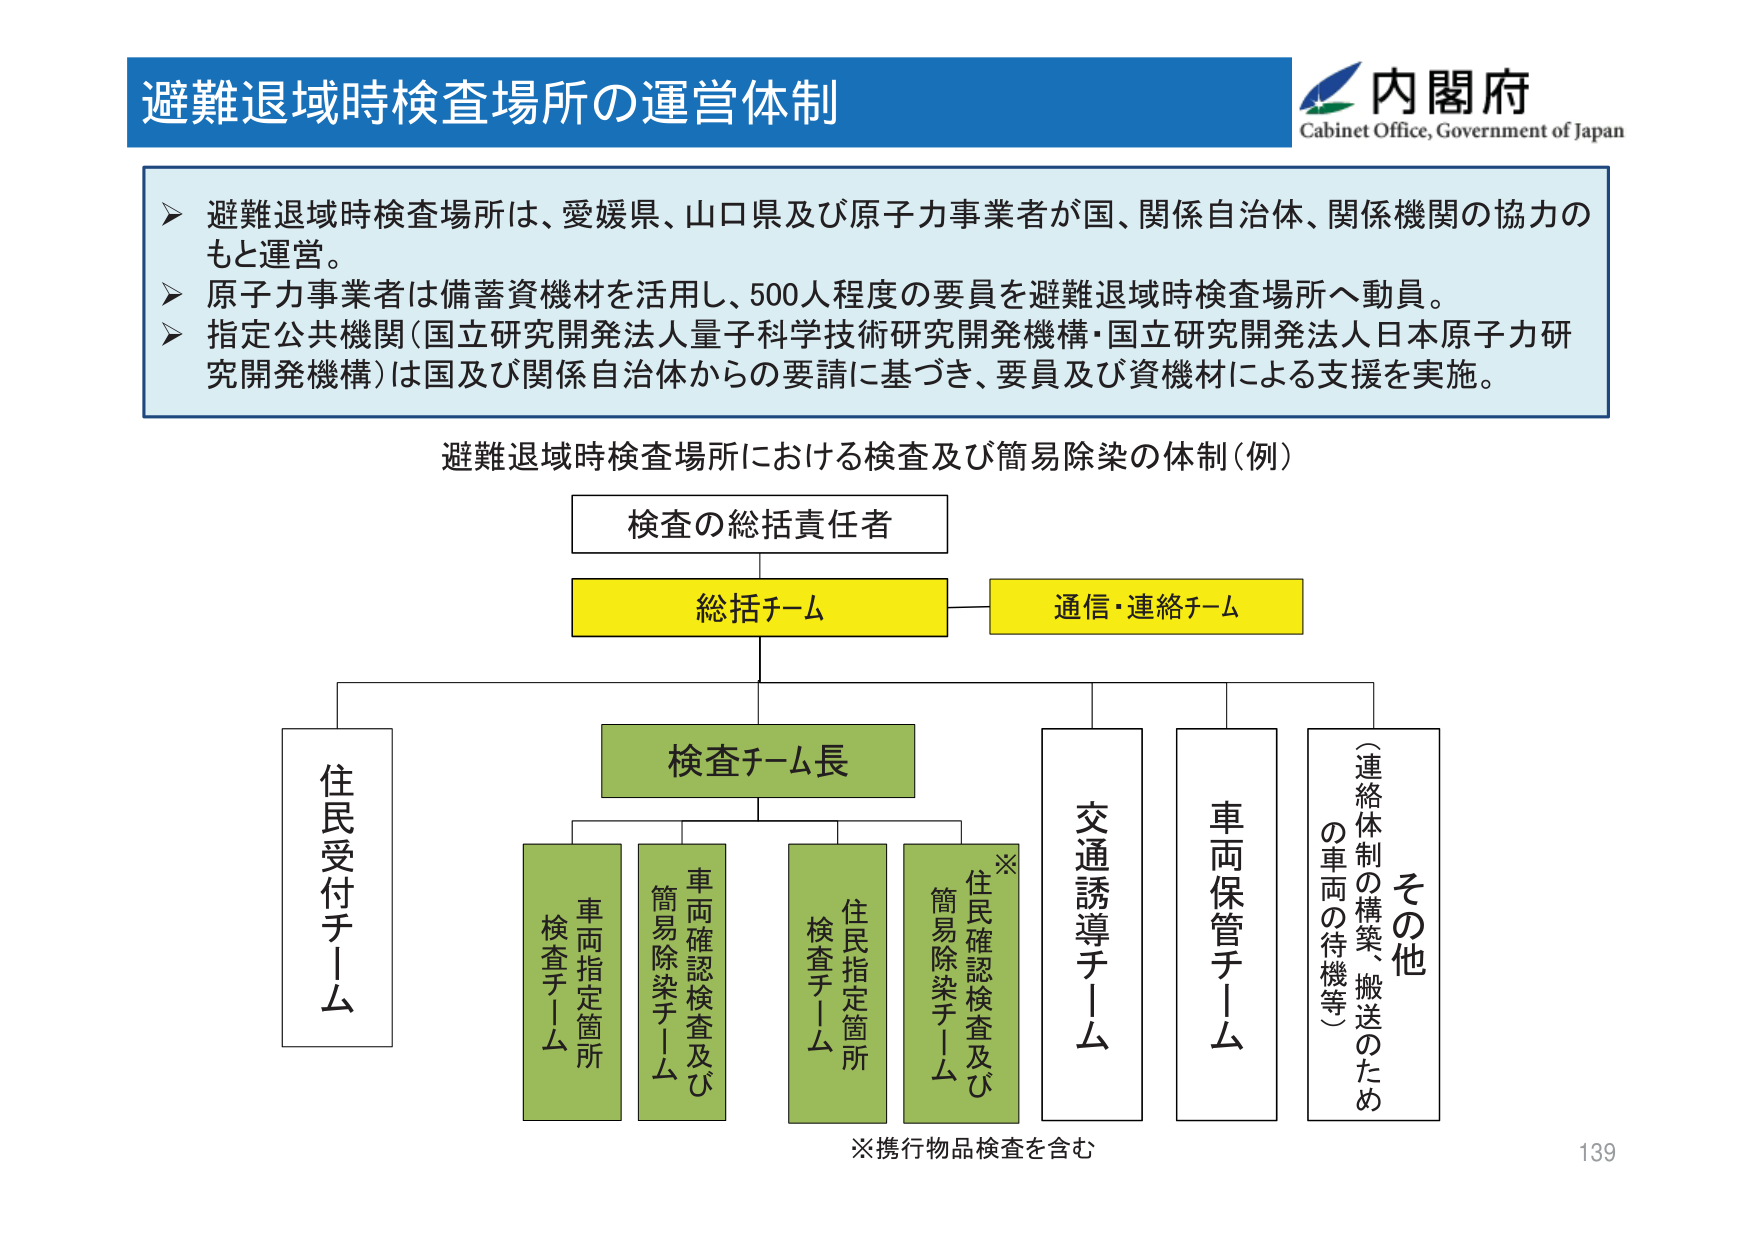
避難退域時検査場所の運営体制

内閣府
Cabinet Office, Government of Japan

➤ 避難退域時検査場所は、愛媛県、山口県及び原子力事業者が国、関係自治体、関係機関の協力のもと運営。
➤ 原子力事業者は備蓄資機材を活用し、500人程度の要員を避難退域時検査場所へ動員。
➤ 指定公共機関（国立研究開発法人量子科学技術研究開発機構・国立研究開発法人日本原子力研究開発機構）は国及び関係自治体からの要請に基づき、要員及び資機材による支援を実施。

避難退域時検査場所における検査及び簡易除染の体制（例）

検査の総括責任者

総括チーム
通信・連絡チーム

住民受付チーム

検査チーム長

車両指定箇所
検査チーム

車両確認検査及び
簡易除染チーム

住民指定箇所
検査チーム

※
住民確認検査及び
簡易除染チーム

交通誘導チーム

車両保管チーム

その他
（連絡体制の構築、搬送のため
の車両の待機等）

※携行物品検査を含む

139